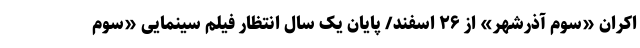
اکران «سوم آذرشهر» از ۲۶ اسفند/ پایان یک سال انتظار فیلم سینمایی «سوم